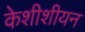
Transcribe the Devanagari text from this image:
केशीशीयन